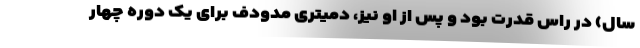
سال) در راس قدرت بود و پس از او نیز، دمیتری مدودف برای یک دوره چهار